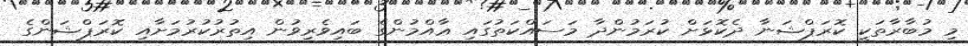
މި މުބާރާތަކީ ކޮރަޕްޝަނާ ދެކޮޅަށް ކުރަމުންދާ މަސައްކަތުގައި ޢާއްމުންގެ ބައިވެރިވުން އިތުރުކުރުމަށާއި ކޮރަޕްޝަންގެ